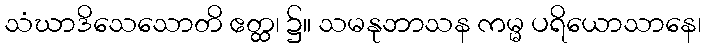
သံဃာဒိသေသောတိ ဧတ္ထ၊ ၌။ သမနုဘာသန ကမ္မ ပရိယောသာနေ၊